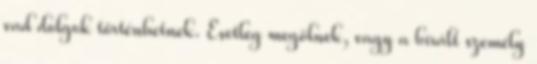
vad dolgok történhetnek. Esetleg megölnek, vagy a bírált személy